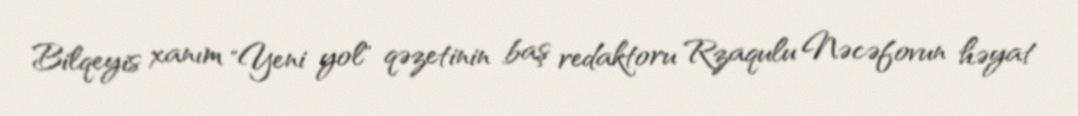
Bilqeyis xanım "Yeni yol" qəzetinin baş redaktoru Rzaqulu Nəcəfovun həyat